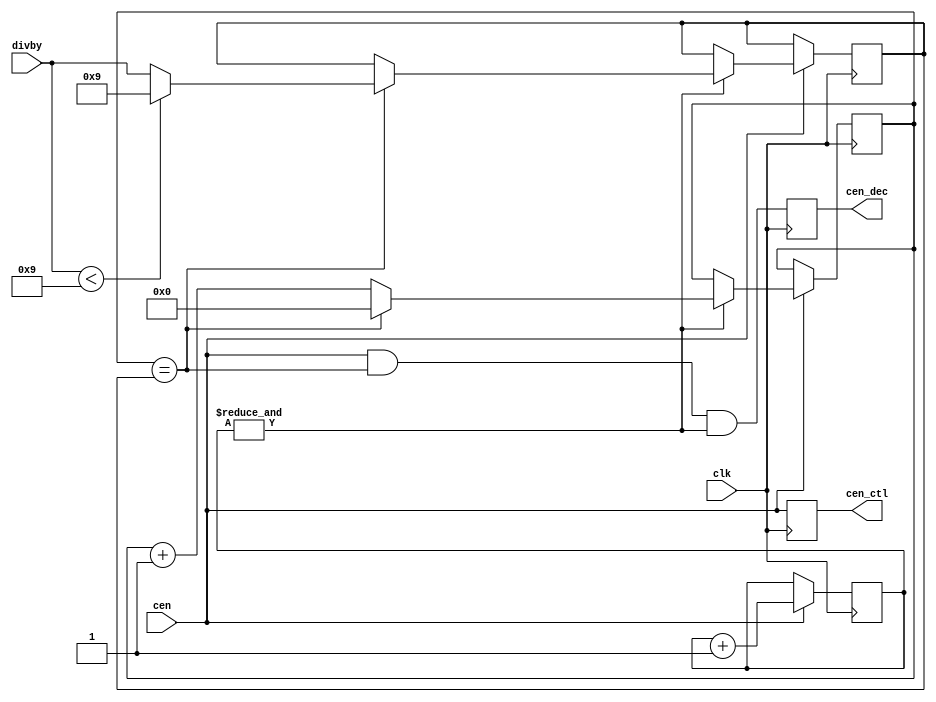
module jt7759_div(
    input            clk,
    input            cen,  // 640kHz
    input      [5:0] divby,
    output reg       cen_ctl,   // control = 8x faster than decoder
    output reg       cen_dec
);

reg [1:0] cnt4;
reg [5:0] decdiv, /*ctldiv,*/ divby_l;
wire      /*eoc_ctl,*/ eoc_dec, eoc_cnt; //  end of count

// assign eoc_ctl = ctldiv == { 1'b0, divby_l[5:1] };
assign eoc_dec = decdiv == divby_l;
assign eoc_cnt = &cnt4;

`ifdef SIMULATION
initial begin
    cnt4   = 2'd0;
    divby_l= 0;
    decdiv = 6'd3; // bad start numbers to show the auto allignment feature
    //ctldiv = 6'd7;
end
`endif

always @(posedge clk) if(cen) begin
    cnt4   <= cnt4+2'd1;
    if( eoc_cnt ) begin
        decdiv <= eoc_dec ? 6'd0 : (decdiv+1'd1);
        if( eoc_dec ) divby_l <= divby < 6'd9 ? 6'd9 : divby; // The divider is updated only at EOC
    end
    // ctldiv <= eoc_ctl || (eoc_dec && eoc_cnt) ? 6'd0 : (ctldiv+1'd1);
end

always @(posedge clk) begin
    cen_ctl <= cen; // && eoc_ctl;
    cen_dec <= cen && eoc_dec && eoc_cnt;
end

endmodule